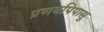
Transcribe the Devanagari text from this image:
प्रणयपिपासु